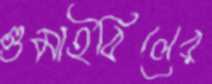
গুমাইবিলের